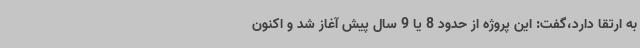
به ارتقا دارد،گفت: این پروژه از حدود 8 یا 9 سال پیش آغاز شد و اکنون